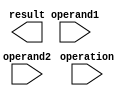
module extended_precision_float_unit (
    input wire [63:0] operand1,
    input wire [63:0] operand2,
    input wire [2:0] operation,
    output wire [127:0] result
);

// Define components such as register file, ALUs, control logic

// Perform arithmetic operations based on the operation input

// Handle special floating point formats, rounding, exception handling

endmodule